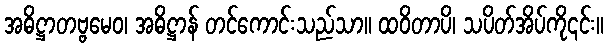
အဓိဋ္ဌာတဗ္ဗမေဝ၊ အဓိဋ္ဌာန် တင်ကောင်းသည်သာ။ ထဝိတာပိ၊ သပိတ်အိပ်ကို၎င်း။